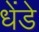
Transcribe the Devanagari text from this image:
धेंडे